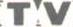
TV